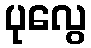
ပုလွေ